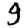
Digit: 9